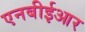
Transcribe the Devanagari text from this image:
एनबीईआर